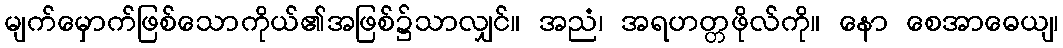
မျက်မှောက်ဖြစ်သောကိုယ်၏အဖြစ်၌သာလျှင်။ အညံ၊ အရဟတ္တဖိုလ်ကို။ နော စေအာဓေယျ၊